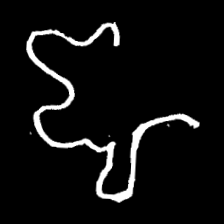
Pyu character \u2014 Myanmar letter: ဈ (romanized: jha)